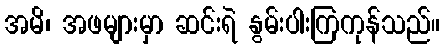
အမိ၊ အဖများမှာ ဆင်းရဲ နွမ်းပါးကြကုန်သည်။